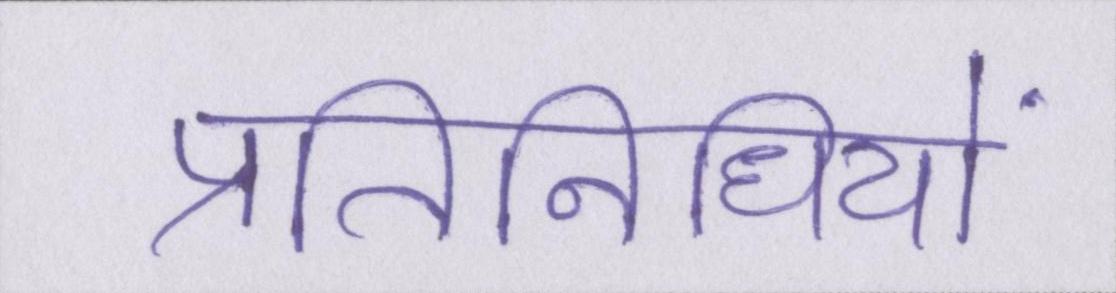
प्रतिनिधियों